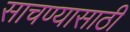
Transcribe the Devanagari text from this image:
साचण्यासाठी